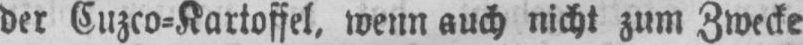
der Cuzco⸗Kartoffel, wenn auch nicht zum Zwecke